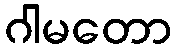
ဂါမတော